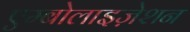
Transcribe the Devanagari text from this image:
एम्बोलाइज़ेशन